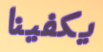
يكفينا